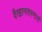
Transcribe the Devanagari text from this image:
वैखानसस्मार्त